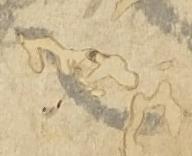
之